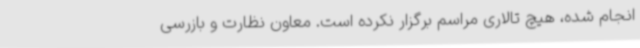
انجام شده، هیچ تالاری مراسم برگزار نکرده است. معاون نظارت و بازرسی